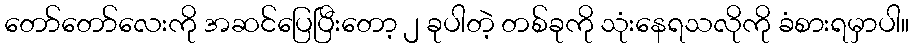
တော်တော်လေးကို အဆင်ပြေပြီးတော့ ၂ ခုပါတဲ့ တစ်ခုကို သုံးနေရသလိုကို ခံစားရမှာပါ။